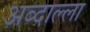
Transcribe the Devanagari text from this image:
अब्दाल्ला